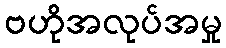
ဗဟိုအလုပ်အမှု